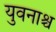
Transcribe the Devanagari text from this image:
युवनाश्च